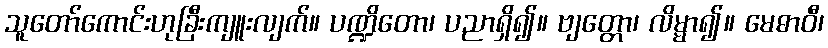
သူတော်ကောင်းဟုခြီးကျူးလျက်။ ပဏ္ဍိတော၊ ပညာရှိ၍။ ဗျတ္တော၊ လိမ္မာ၍။ မေဓာဝီ၊